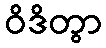
ဝိဒိတွာ